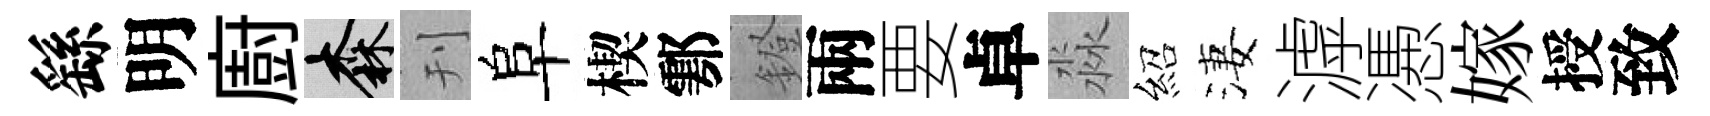
繇明廚森刊阜楔鄠鐙兩要卓淼紹淒滹慿嫁授致